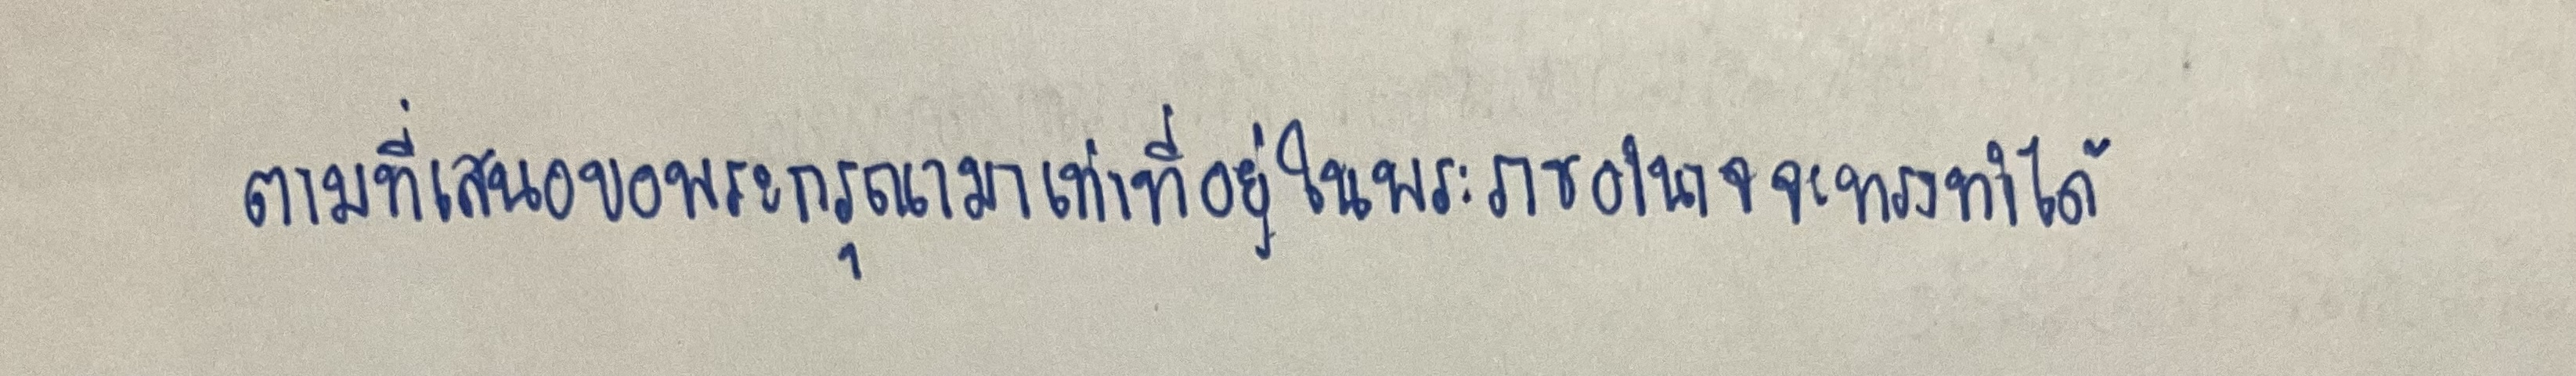
ตามที่เสนอขอพระมหากรุณามาเท่าที่อยู่ในพระราชอำนาจจะทรงทำได้